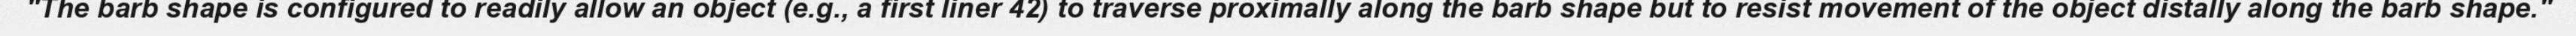
"The barb shape is configured to readily allow an object (e.g., a first liner 42) to traverse proximally along the barb shape but to resist movement of the object distally along the barb shape."